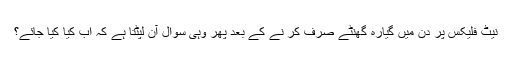
نیٹ فلیکس پر دن میں گیارہ گھنٹے صرف کر نے کے بعد پھر وہی سوال آن لپٹتا ہے کہ اب کیا کیا جائے؟